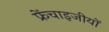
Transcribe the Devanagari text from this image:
फ्रेंचाइजीयों